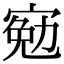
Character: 𡩄